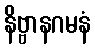
နိဗ္ဗာနဂမနံ